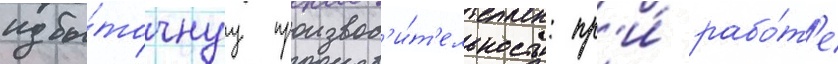
избы́точнуу производ'и́т'ельность: пр'и́ рабо́т'е